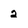
Character: 2